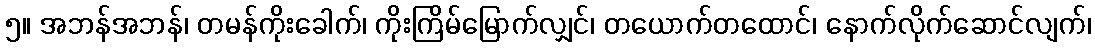
၅။ အဘန်အဘန်၊ တမန်ကိုးခေါက်၊ ကိုးကြိမ်မြောက်လျှင်၊ တယောက်တထောင်၊ နောက်လိုက်ဆောင်လျက်၊